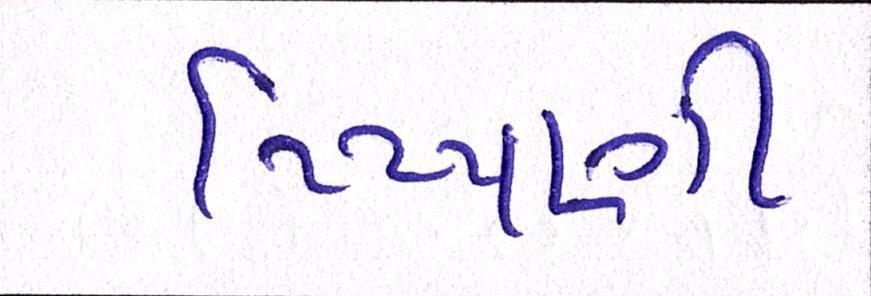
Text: ટિપ્પણી